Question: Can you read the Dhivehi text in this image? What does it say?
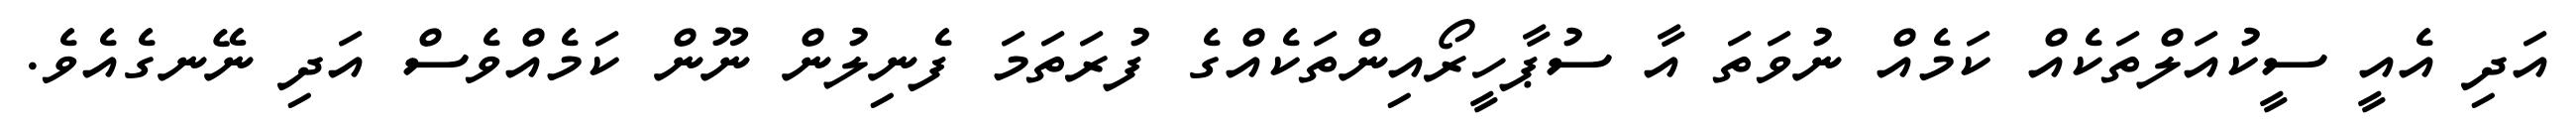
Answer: އަދި އެއީ ސީކުއަލްތަކެއް ކަމެއް ނުވަތަ އާ ސުޕާހީރޯއިންތަކެއްގެ ފުރަތަމަ ފެނިލުން ނޫން ކަމެއްވެސް އަދި ނޭނގެއެވެ.